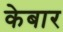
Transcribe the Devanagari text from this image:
केबार